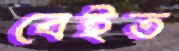
বেইত